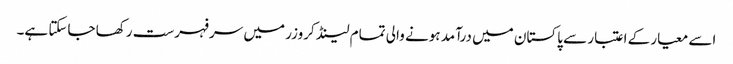
اسے معیار کے اعتبار سے پاکستان میں درآمد ہونے والی تمام لینڈ کروزر میں سرفہرست رکھا جاسکتا ہے۔